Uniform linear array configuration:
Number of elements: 4
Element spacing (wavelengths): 1
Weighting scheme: hann
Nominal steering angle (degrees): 0
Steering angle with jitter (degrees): -0.3629
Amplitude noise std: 0.05
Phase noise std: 0.05

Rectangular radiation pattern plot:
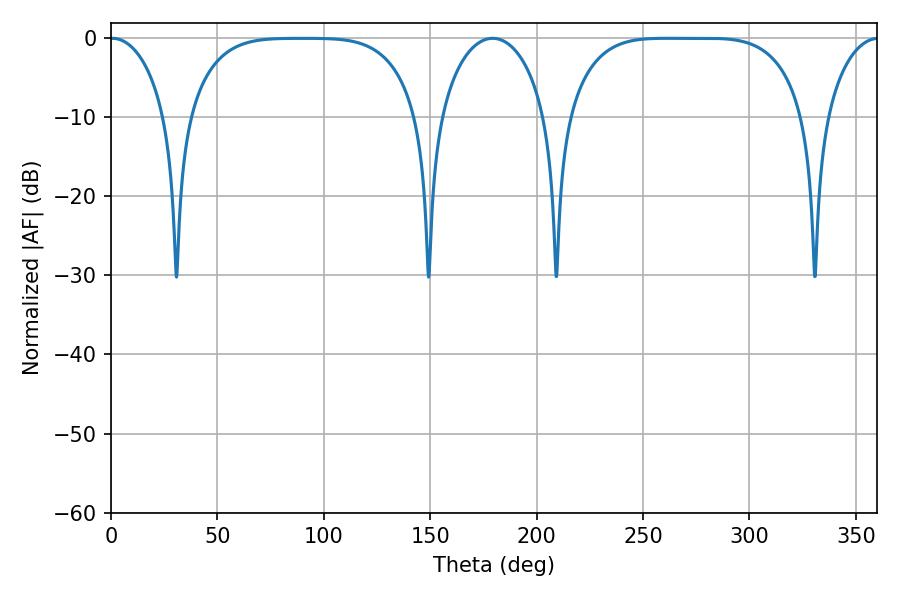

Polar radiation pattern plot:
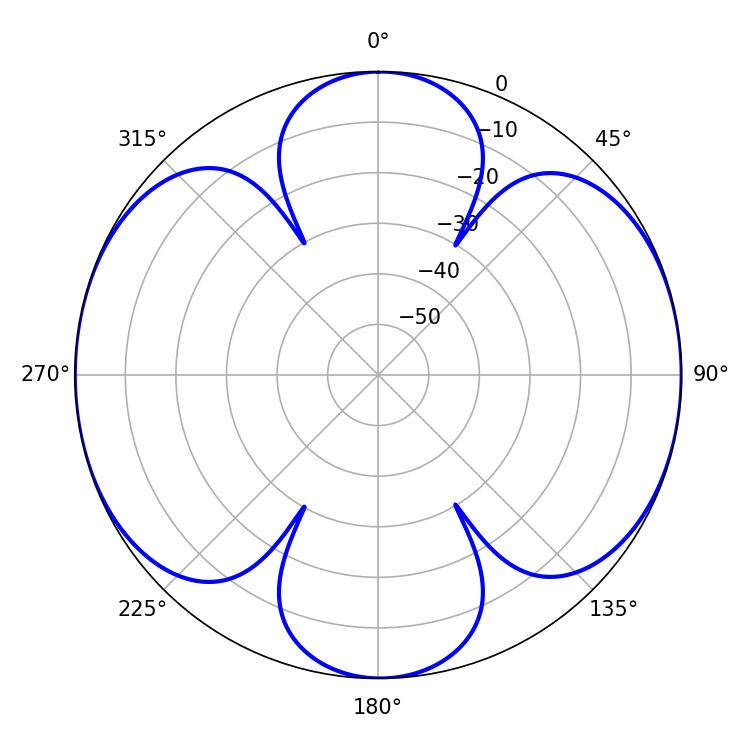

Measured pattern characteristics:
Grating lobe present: TRUE
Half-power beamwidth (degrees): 84.6
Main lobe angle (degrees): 261.36